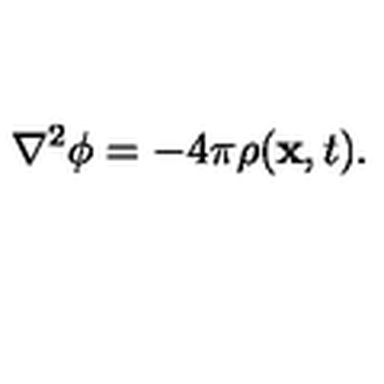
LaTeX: \nabla ^ { 2 } \phi = - 4 \pi \rho ( { \bf x } , t ) .